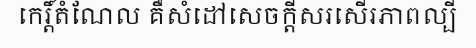
កេរ្តិ៍តំណែល គឺសំដៅសេចក្តីសរសើរភាពល្បី